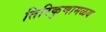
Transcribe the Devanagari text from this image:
तिरिकुणामळय